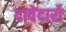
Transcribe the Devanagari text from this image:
दावेदारो